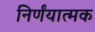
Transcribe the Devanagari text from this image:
निर्णंयात्मक